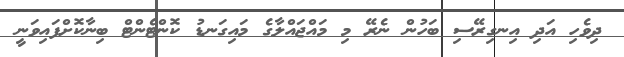
ދިވެހި އަދި އިނގިރޭސި ބަހުން ނެރޭ މި މައްޖައްލާގެ މައިގަނޑު ކޮންޓެންޓް ބިނާކޮށްފައިވަނީ